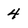
Character: 4